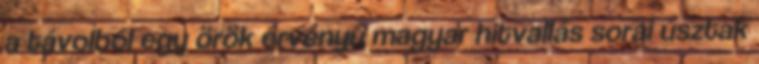
a távolból egy örök érvényű magyar hitvallás sorai úsztak